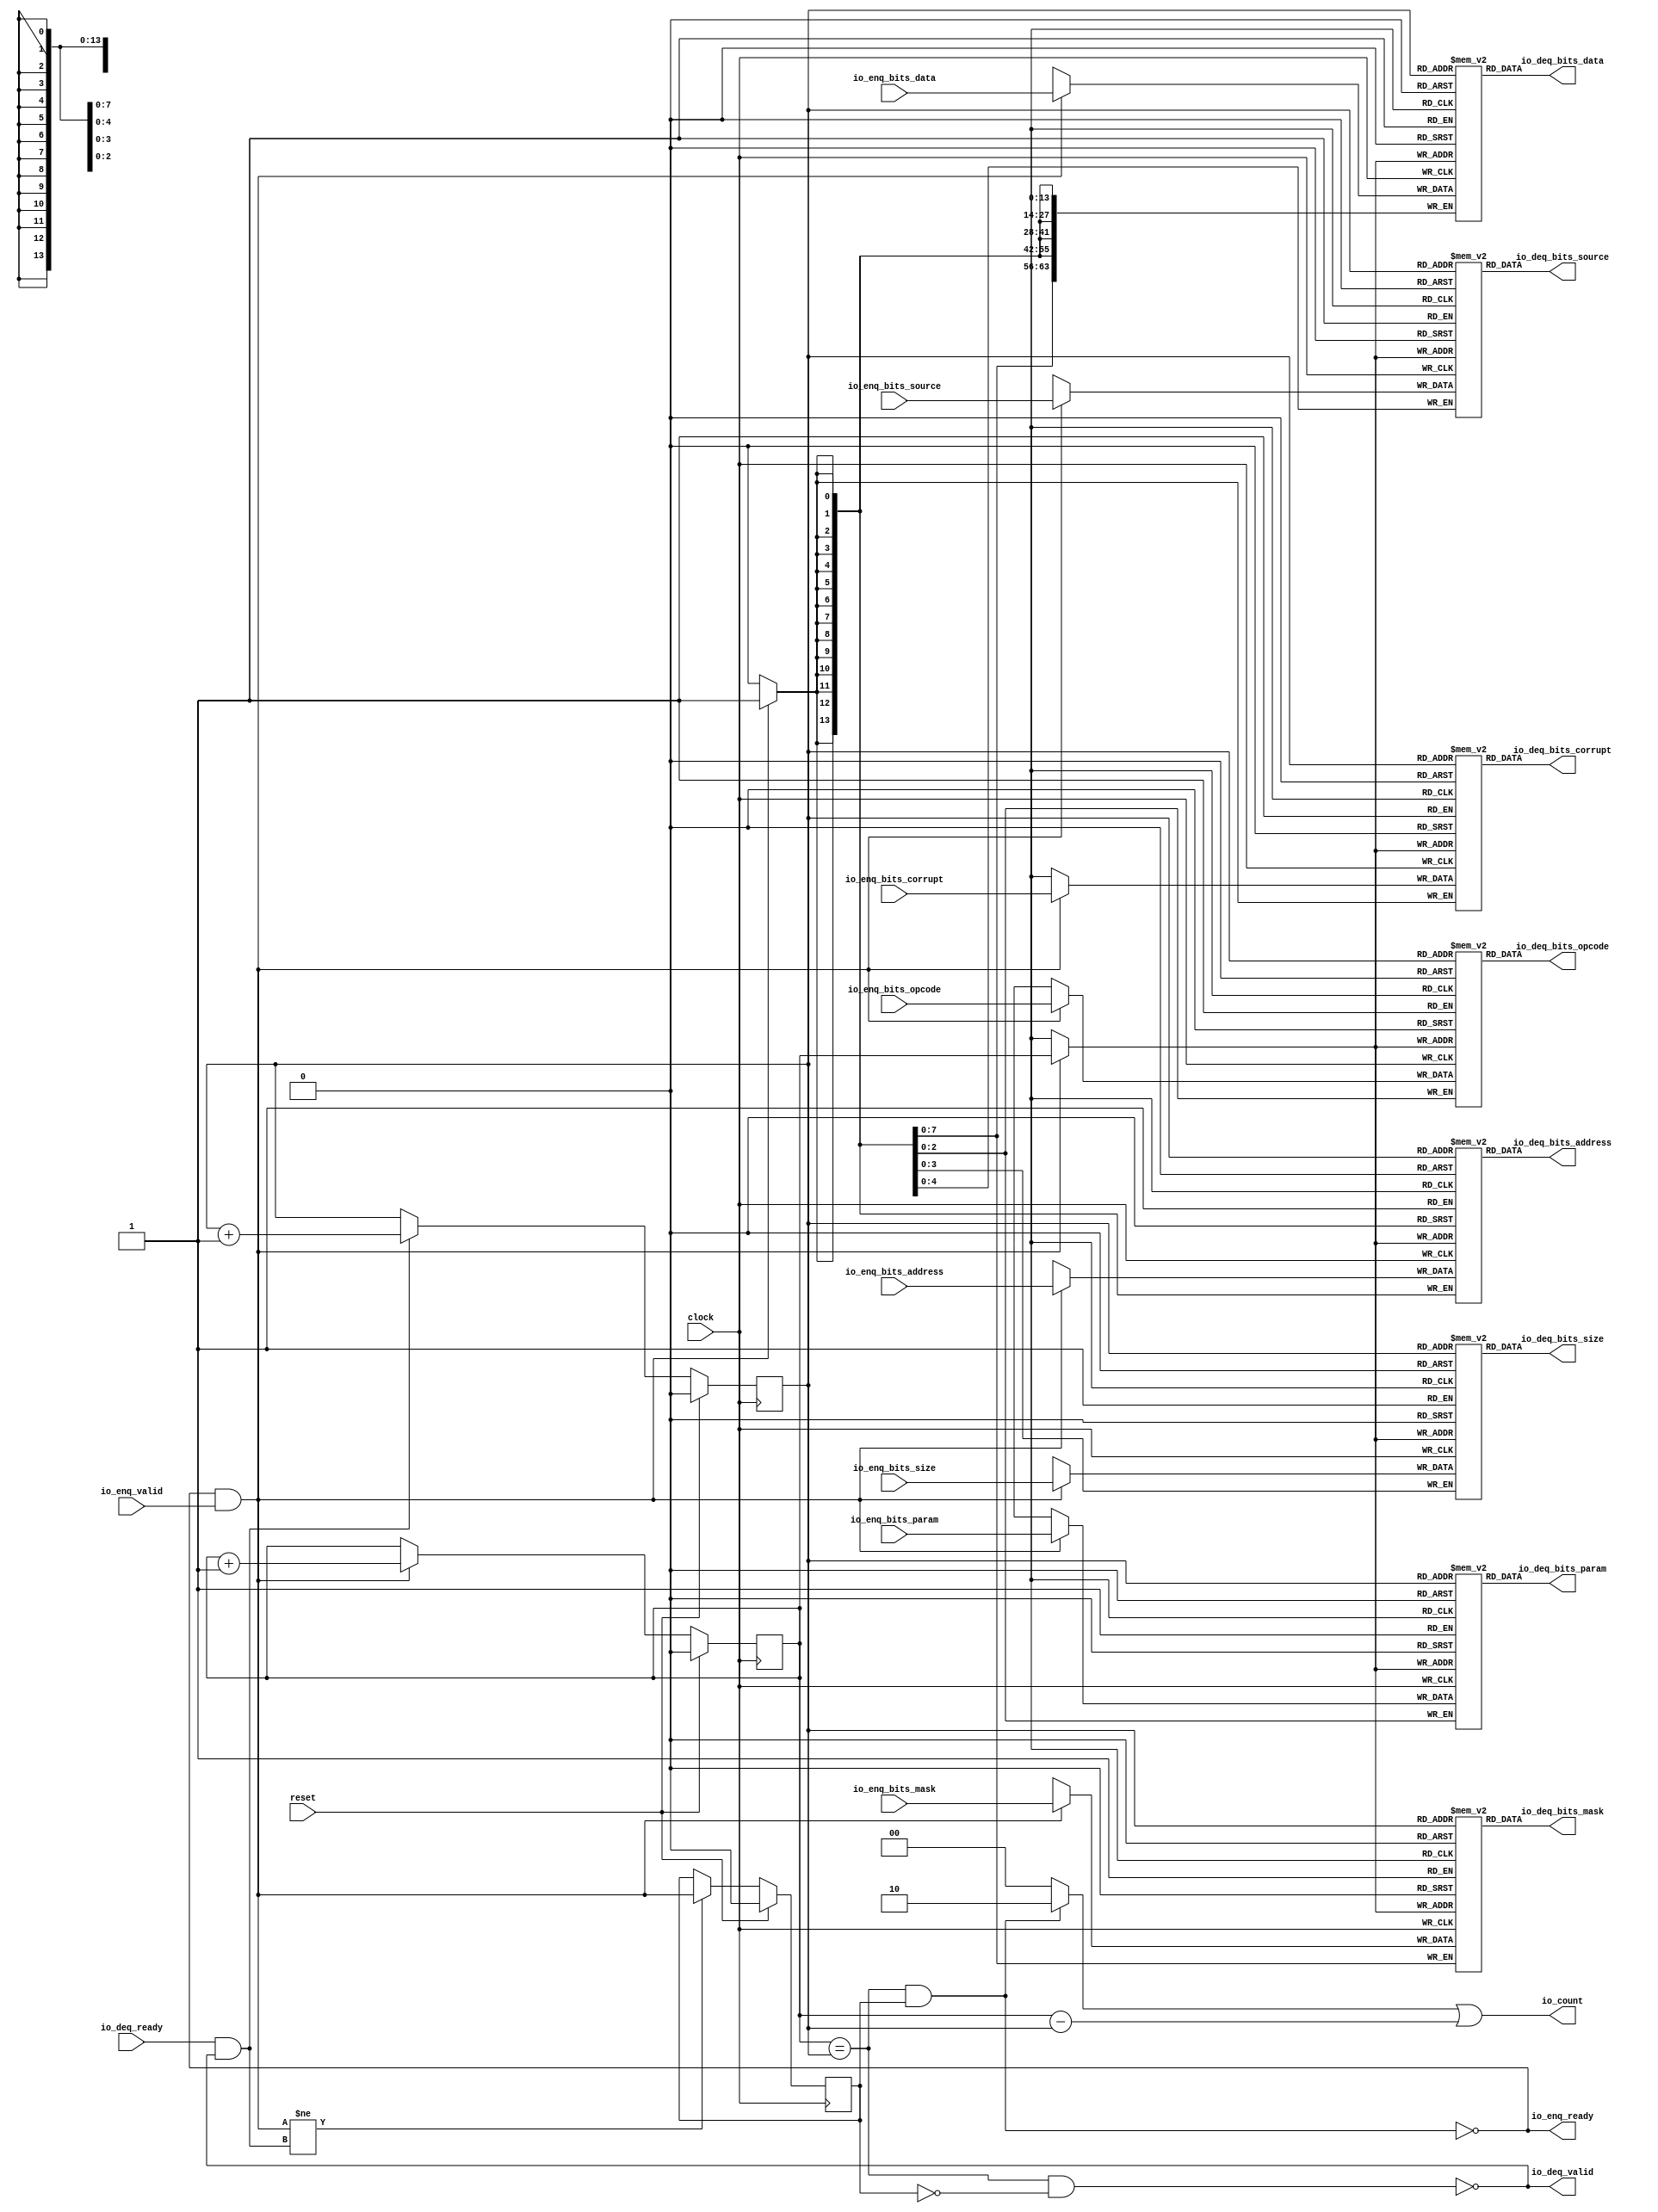
module Queue_13(
  input         clock,
  input         reset,
  output        io_enq_ready,
  input         io_enq_valid,
  input  [2:0]  io_enq_bits_opcode,
  input  [2:0]  io_enq_bits_param,
  input  [3:0]  io_enq_bits_size,
  input  [4:0]  io_enq_bits_source,
  input  [13:0] io_enq_bits_address,
  input  [7:0]  io_enq_bits_mask,
  input  [63:0] io_enq_bits_data,
  input         io_enq_bits_corrupt,
  input         io_deq_ready,
  output        io_deq_valid,
  output [2:0]  io_deq_bits_opcode,
  output [2:0]  io_deq_bits_param,
  output [3:0]  io_deq_bits_size,
  output [4:0]  io_deq_bits_source,
  output [13:0] io_deq_bits_address,
  output [7:0]  io_deq_bits_mask,
  output [63:0] io_deq_bits_data,
  output        io_deq_bits_corrupt,
  output [1:0]  io_count
);
`ifdef RANDOMIZE_MEM_INIT
  reg [31:0] _RAND_0;
  reg [31:0] _RAND_1;
  reg [31:0] _RAND_2;
  reg [31:0] _RAND_3;
  reg [31:0] _RAND_4;
  reg [31:0] _RAND_5;
  reg [63:0] _RAND_6;
  reg [31:0] _RAND_7;
`endif // RANDOMIZE_MEM_INIT
`ifdef RANDOMIZE_REG_INIT
  reg [31:0] _RAND_8;
  reg [31:0] _RAND_9;
  reg [31:0] _RAND_10;
`endif // RANDOMIZE_REG_INIT
  reg [2:0] ram_opcode [0:1]; // @[Decoupled.scala 218:16]
  wire [2:0] ram_opcode_io_deq_bits_MPORT_data; // @[Decoupled.scala 218:16]
  wire  ram_opcode_io_deq_bits_MPORT_addr; // @[Decoupled.scala 218:16]
  wire [2:0] ram_opcode_MPORT_data; // @[Decoupled.scala 218:16]
  wire  ram_opcode_MPORT_addr; // @[Decoupled.scala 218:16]
  wire  ram_opcode_MPORT_mask; // @[Decoupled.scala 218:16]
  wire  ram_opcode_MPORT_en; // @[Decoupled.scala 218:16]
  reg [2:0] ram_param [0:1]; // @[Decoupled.scala 218:16]
  wire [2:0] ram_param_io_deq_bits_MPORT_data; // @[Decoupled.scala 218:16]
  wire  ram_param_io_deq_bits_MPORT_addr; // @[Decoupled.scala 218:16]
  wire [2:0] ram_param_MPORT_data; // @[Decoupled.scala 218:16]
  wire  ram_param_MPORT_addr; // @[Decoupled.scala 218:16]
  wire  ram_param_MPORT_mask; // @[Decoupled.scala 218:16]
  wire  ram_param_MPORT_en; // @[Decoupled.scala 218:16]
  reg [3:0] ram_size [0:1]; // @[Decoupled.scala 218:16]
  wire [3:0] ram_size_io_deq_bits_MPORT_data; // @[Decoupled.scala 218:16]
  wire  ram_size_io_deq_bits_MPORT_addr; // @[Decoupled.scala 218:16]
  wire [3:0] ram_size_MPORT_data; // @[Decoupled.scala 218:16]
  wire  ram_size_MPORT_addr; // @[Decoupled.scala 218:16]
  wire  ram_size_MPORT_mask; // @[Decoupled.scala 218:16]
  wire  ram_size_MPORT_en; // @[Decoupled.scala 218:16]
  reg [4:0] ram_source [0:1]; // @[Decoupled.scala 218:16]
  wire [4:0] ram_source_io_deq_bits_MPORT_data; // @[Decoupled.scala 218:16]
  wire  ram_source_io_deq_bits_MPORT_addr; // @[Decoupled.scala 218:16]
  wire [4:0] ram_source_MPORT_data; // @[Decoupled.scala 218:16]
  wire  ram_source_MPORT_addr; // @[Decoupled.scala 218:16]
  wire  ram_source_MPORT_mask; // @[Decoupled.scala 218:16]
  wire  ram_source_MPORT_en; // @[Decoupled.scala 218:16]
  reg [13:0] ram_address [0:1]; // @[Decoupled.scala 218:16]
  wire [13:0] ram_address_io_deq_bits_MPORT_data; // @[Decoupled.scala 218:16]
  wire  ram_address_io_deq_bits_MPORT_addr; // @[Decoupled.scala 218:16]
  wire [13:0] ram_address_MPORT_data; // @[Decoupled.scala 218:16]
  wire  ram_address_MPORT_addr; // @[Decoupled.scala 218:16]
  wire  ram_address_MPORT_mask; // @[Decoupled.scala 218:16]
  wire  ram_address_MPORT_en; // @[Decoupled.scala 218:16]
  reg [7:0] ram_mask [0:1]; // @[Decoupled.scala 218:16]
  wire [7:0] ram_mask_io_deq_bits_MPORT_data; // @[Decoupled.scala 218:16]
  wire  ram_mask_io_deq_bits_MPORT_addr; // @[Decoupled.scala 218:16]
  wire [7:0] ram_mask_MPORT_data; // @[Decoupled.scala 218:16]
  wire  ram_mask_MPORT_addr; // @[Decoupled.scala 218:16]
  wire  ram_mask_MPORT_mask; // @[Decoupled.scala 218:16]
  wire  ram_mask_MPORT_en; // @[Decoupled.scala 218:16]
  reg [63:0] ram_data [0:1]; // @[Decoupled.scala 218:16]
  wire [63:0] ram_data_io_deq_bits_MPORT_data; // @[Decoupled.scala 218:16]
  wire  ram_data_io_deq_bits_MPORT_addr; // @[Decoupled.scala 218:16]
  wire [63:0] ram_data_MPORT_data; // @[Decoupled.scala 218:16]
  wire  ram_data_MPORT_addr; // @[Decoupled.scala 218:16]
  wire  ram_data_MPORT_mask; // @[Decoupled.scala 218:16]
  wire  ram_data_MPORT_en; // @[Decoupled.scala 218:16]
  reg  ram_corrupt [0:1]; // @[Decoupled.scala 218:16]
  wire  ram_corrupt_io_deq_bits_MPORT_data; // @[Decoupled.scala 218:16]
  wire  ram_corrupt_io_deq_bits_MPORT_addr; // @[Decoupled.scala 218:16]
  wire  ram_corrupt_MPORT_data; // @[Decoupled.scala 218:16]
  wire  ram_corrupt_MPORT_addr; // @[Decoupled.scala 218:16]
  wire  ram_corrupt_MPORT_mask; // @[Decoupled.scala 218:16]
  wire  ram_corrupt_MPORT_en; // @[Decoupled.scala 218:16]
  reg  value; // @[Counter.scala 60:40]
  reg  value_1; // @[Counter.scala 60:40]
  reg  maybe_full; // @[Decoupled.scala 221:27]
  wire  ptr_match = value == value_1; // @[Decoupled.scala 223:33]
  wire  empty = ptr_match & ~maybe_full; // @[Decoupled.scala 224:25]
  wire  full = ptr_match & maybe_full; // @[Decoupled.scala 225:24]
  wire  do_enq = io_enq_ready & io_enq_valid; // @[Decoupled.scala 40:37]
  wire  do_deq = io_deq_ready & io_deq_valid; // @[Decoupled.scala 40:37]
  wire  ptr_diff = value - value_1; // @[Decoupled.scala 257:32]
  wire [1:0] _io_count_T_1 = maybe_full & ptr_match ? 2'h2 : 2'h0; // @[Decoupled.scala 259:20]
  wire [1:0] _GEN_15 = {{1'd0}, ptr_diff}; // @[Decoupled.scala 259:62]
  assign ram_opcode_io_deq_bits_MPORT_addr = value_1;
  assign ram_opcode_io_deq_bits_MPORT_data = ram_opcode[ram_opcode_io_deq_bits_MPORT_addr]; // @[Decoupled.scala 218:16]
  assign ram_opcode_MPORT_data = io_enq_bits_opcode;
  assign ram_opcode_MPORT_addr = value;
  assign ram_opcode_MPORT_mask = 1'h1;
  assign ram_opcode_MPORT_en = io_enq_ready & io_enq_valid;
  assign ram_param_io_deq_bits_MPORT_addr = value_1;
  assign ram_param_io_deq_bits_MPORT_data = ram_param[ram_param_io_deq_bits_MPORT_addr]; // @[Decoupled.scala 218:16]
  assign ram_param_MPORT_data = io_enq_bits_param;
  assign ram_param_MPORT_addr = value;
  assign ram_param_MPORT_mask = 1'h1;
  assign ram_param_MPORT_en = io_enq_ready & io_enq_valid;
  assign ram_size_io_deq_bits_MPORT_addr = value_1;
  assign ram_size_io_deq_bits_MPORT_data = ram_size[ram_size_io_deq_bits_MPORT_addr]; // @[Decoupled.scala 218:16]
  assign ram_size_MPORT_data = io_enq_bits_size;
  assign ram_size_MPORT_addr = value;
  assign ram_size_MPORT_mask = 1'h1;
  assign ram_size_MPORT_en = io_enq_ready & io_enq_valid;
  assign ram_source_io_deq_bits_MPORT_addr = value_1;
  assign ram_source_io_deq_bits_MPORT_data = ram_source[ram_source_io_deq_bits_MPORT_addr]; // @[Decoupled.scala 218:16]
  assign ram_source_MPORT_data = io_enq_bits_source;
  assign ram_source_MPORT_addr = value;
  assign ram_source_MPORT_mask = 1'h1;
  assign ram_source_MPORT_en = io_enq_ready & io_enq_valid;
  assign ram_address_io_deq_bits_MPORT_addr = value_1;
  assign ram_address_io_deq_bits_MPORT_data = ram_address[ram_address_io_deq_bits_MPORT_addr]; // @[Decoupled.scala 218:16]
  assign ram_address_MPORT_data = io_enq_bits_address;
  assign ram_address_MPORT_addr = value;
  assign ram_address_MPORT_mask = 1'h1;
  assign ram_address_MPORT_en = io_enq_ready & io_enq_valid;
  assign ram_mask_io_deq_bits_MPORT_addr = value_1;
  assign ram_mask_io_deq_bits_MPORT_data = ram_mask[ram_mask_io_deq_bits_MPORT_addr]; // @[Decoupled.scala 218:16]
  assign ram_mask_MPORT_data = io_enq_bits_mask;
  assign ram_mask_MPORT_addr = value;
  assign ram_mask_MPORT_mask = 1'h1;
  assign ram_mask_MPORT_en = io_enq_ready & io_enq_valid;
  assign ram_data_io_deq_bits_MPORT_addr = value_1;
  assign ram_data_io_deq_bits_MPORT_data = ram_data[ram_data_io_deq_bits_MPORT_addr]; // @[Decoupled.scala 218:16]
  assign ram_data_MPORT_data = io_enq_bits_data;
  assign ram_data_MPORT_addr = value;
  assign ram_data_MPORT_mask = 1'h1;
  assign ram_data_MPORT_en = io_enq_ready & io_enq_valid;
  assign ram_corrupt_io_deq_bits_MPORT_addr = value_1;
  assign ram_corrupt_io_deq_bits_MPORT_data = ram_corrupt[ram_corrupt_io_deq_bits_MPORT_addr]; // @[Decoupled.scala 218:16]
  assign ram_corrupt_MPORT_data = io_enq_bits_corrupt;
  assign ram_corrupt_MPORT_addr = value;
  assign ram_corrupt_MPORT_mask = 1'h1;
  assign ram_corrupt_MPORT_en = io_enq_ready & io_enq_valid;
  assign io_enq_ready = ~full; // @[Decoupled.scala 241:19]
  assign io_deq_valid = ~empty; // @[Decoupled.scala 240:19]
  assign io_deq_bits_opcode = ram_opcode_io_deq_bits_MPORT_data; // @[Decoupled.scala 242:15]
  assign io_deq_bits_param = ram_param_io_deq_bits_MPORT_data; // @[Decoupled.scala 242:15]
  assign io_deq_bits_size = ram_size_io_deq_bits_MPORT_data; // @[Decoupled.scala 242:15]
  assign io_deq_bits_source = ram_source_io_deq_bits_MPORT_data; // @[Decoupled.scala 242:15]
  assign io_deq_bits_address = ram_address_io_deq_bits_MPORT_data; // @[Decoupled.scala 242:15]
  assign io_deq_bits_mask = ram_mask_io_deq_bits_MPORT_data; // @[Decoupled.scala 242:15]
  assign io_deq_bits_data = ram_data_io_deq_bits_MPORT_data; // @[Decoupled.scala 242:15]
  assign io_deq_bits_corrupt = ram_corrupt_io_deq_bits_MPORT_data; // @[Decoupled.scala 242:15]
  assign io_count = _io_count_T_1 | _GEN_15; // @[Decoupled.scala 259:62]
  always @(posedge clock) begin
    if(ram_opcode_MPORT_en & ram_opcode_MPORT_mask) begin
      ram_opcode[ram_opcode_MPORT_addr] <= ram_opcode_MPORT_data; // @[Decoupled.scala 218:16]
    end
    if(ram_param_MPORT_en & ram_param_MPORT_mask) begin
      ram_param[ram_param_MPORT_addr] <= ram_param_MPORT_data; // @[Decoupled.scala 218:16]
    end
    if(ram_size_MPORT_en & ram_size_MPORT_mask) begin
      ram_size[ram_size_MPORT_addr] <= ram_size_MPORT_data; // @[Decoupled.scala 218:16]
    end
    if(ram_source_MPORT_en & ram_source_MPORT_mask) begin
      ram_source[ram_source_MPORT_addr] <= ram_source_MPORT_data; // @[Decoupled.scala 218:16]
    end
    if(ram_address_MPORT_en & ram_address_MPORT_mask) begin
      ram_address[ram_address_MPORT_addr] <= ram_address_MPORT_data; // @[Decoupled.scala 218:16]
    end
    if(ram_mask_MPORT_en & ram_mask_MPORT_mask) begin
      ram_mask[ram_mask_MPORT_addr] <= ram_mask_MPORT_data; // @[Decoupled.scala 218:16]
    end
    if(ram_data_MPORT_en & ram_data_MPORT_mask) begin
      ram_data[ram_data_MPORT_addr] <= ram_data_MPORT_data; // @[Decoupled.scala 218:16]
    end
    if(ram_corrupt_MPORT_en & ram_corrupt_MPORT_mask) begin
      ram_corrupt[ram_corrupt_MPORT_addr] <= ram_corrupt_MPORT_data; // @[Decoupled.scala 218:16]
    end
    if (reset) begin // @[Counter.scala 60:40]
      value <= 1'h0; // @[Counter.scala 60:40]
    end else if (do_enq) begin // @[Decoupled.scala 229:17]
      value <= value + 1'h1; // @[Counter.scala 76:15]
    end
    if (reset) begin // @[Counter.scala 60:40]
      value_1 <= 1'h0; // @[Counter.scala 60:40]
    end else if (do_deq) begin // @[Decoupled.scala 233:17]
      value_1 <= value_1 + 1'h1; // @[Counter.scala 76:15]
    end
    if (reset) begin // @[Decoupled.scala 221:27]
      maybe_full <= 1'h0; // @[Decoupled.scala 221:27]
    end else if (do_enq != do_deq) begin // @[Decoupled.scala 236:28]
      maybe_full <= do_enq; // @[Decoupled.scala 237:16]
    end
  end
// Register and memory initialization
`ifdef RANDOMIZE_GARBAGE_ASSIGN
`define RANDOMIZE
`endif
`ifdef RANDOMIZE_INVALID_ASSIGN
`define RANDOMIZE
`endif
`ifdef RANDOMIZE_REG_INIT
`define RANDOMIZE
`endif
`ifdef RANDOMIZE_MEM_INIT
`define RANDOMIZE
`endif
`ifndef RANDOM
`define RANDOM $random
`endif
`ifdef RANDOMIZE_MEM_INIT
  integer initvar;
`endif
`ifndef SYNTHESIS
`ifdef FIRRTL_BEFORE_INITIAL
`FIRRTL_BEFORE_INITIAL
`endif
initial begin
  `ifdef RANDOMIZE
    `ifdef INIT_RANDOM
      `INIT_RANDOM
    `endif
    `ifndef VERILATOR
      `ifdef RANDOMIZE_DELAY
        #`RANDOMIZE_DELAY begin end
      `else
        #0.002 begin end
      `endif
    `endif
`ifdef RANDOMIZE_MEM_INIT
  _RAND_0 = {1{`RANDOM}};
  for (initvar = 0; initvar < 2; initvar = initvar+1)
    ram_opcode[initvar] = _RAND_0[2:0];
  _RAND_1 = {1{`RANDOM}};
  for (initvar = 0; initvar < 2; initvar = initvar+1)
    ram_param[initvar] = _RAND_1[2:0];
  _RAND_2 = {1{`RANDOM}};
  for (initvar = 0; initvar < 2; initvar = initvar+1)
    ram_size[initvar] = _RAND_2[3:0];
  _RAND_3 = {1{`RANDOM}};
  for (initvar = 0; initvar < 2; initvar = initvar+1)
    ram_source[initvar] = _RAND_3[4:0];
  _RAND_4 = {1{`RANDOM}};
  for (initvar = 0; initvar < 2; initvar = initvar+1)
    ram_address[initvar] = _RAND_4[13:0];
  _RAND_5 = {1{`RANDOM}};
  for (initvar = 0; initvar < 2; initvar = initvar+1)
    ram_mask[initvar] = _RAND_5[7:0];
  _RAND_6 = {2{`RANDOM}};
  for (initvar = 0; initvar < 2; initvar = initvar+1)
    ram_data[initvar] = _RAND_6[63:0];
  _RAND_7 = {1{`RANDOM}};
  for (initvar = 0; initvar < 2; initvar = initvar+1)
    ram_corrupt[initvar] = _RAND_7[0:0];
`endif // RANDOMIZE_MEM_INIT
`ifdef RANDOMIZE_REG_INIT
  _RAND_8 = {1{`RANDOM}};
  value = _RAND_8[0:0];
  _RAND_9 = {1{`RANDOM}};
  value_1 = _RAND_9[0:0];
  _RAND_10 = {1{`RANDOM}};
  maybe_full = _RAND_10[0:0];
`endif // RANDOMIZE_REG_INIT
  `endif // RANDOMIZE
end // initial
`ifdef FIRRTL_AFTER_INITIAL
`FIRRTL_AFTER_INITIAL
`endif
`endif // SYNTHESIS
endmodule